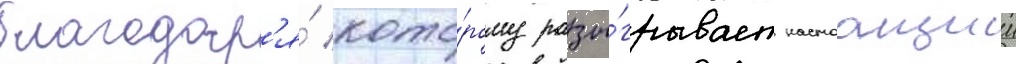
благодар'я́ кото́рому разы́грывает настоащии